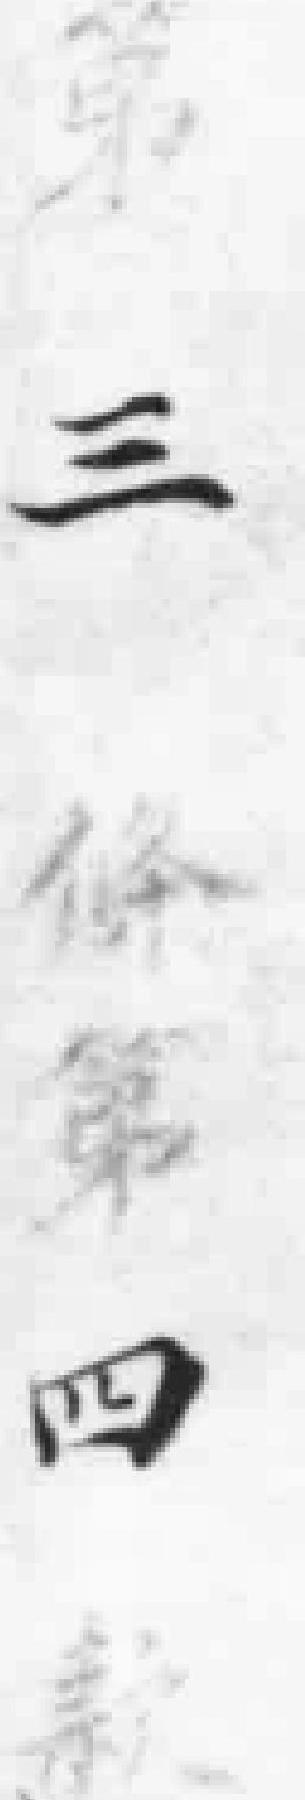
第三條第四款